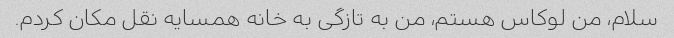
سلام، من لوکاس هستم، من به تازگی به خانه همسایه نقل مکان کردم.